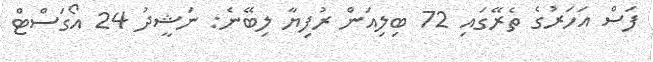
ފަސް އަހަރުގެ ތެރޭގައި 72 ބިލިއަން ރުފިޔާ ލިބޭނެ: ނަޝީދު 24 އޯގަސްޓް